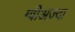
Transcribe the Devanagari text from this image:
ग्वीअज्दा